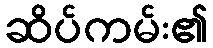
ဆိပ်ကမ်း၏